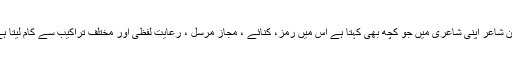
لیکن شاعر اپنی شاعری میں جو کچھ بھی کہتا ہے اُس میں رمز، کنائے ، مجاز مرسل ، رعایت لفظی اور مختلف تراکیب سے کام لیتا ہے ۔